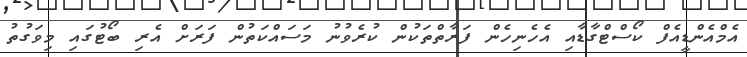
އެމްއެންޑީއެފް ކޯސްޓްގާޑާއި އެހެނިހެން ފަރާތްތަކުން ކުރެވުނު މަސައްކަތުން ފަރަށް އެރި ބޯޓުގައި މިވަގުތު